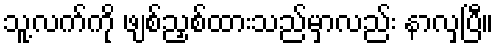
သူ့လက်ကို ဖျစ်ညှစ်ထားသည်မှာလည်း နာလှပြီ။